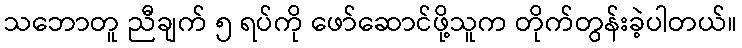
သဘောတူ ညီချက် ၅ ရပ်ကို ဖော်ဆောင်ဖို့သူက တိုက်တွန်းခဲ့ပါတယ်။